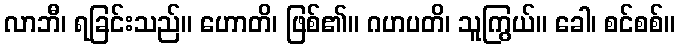
လာဘီ၊ ရခြင်းသည်။ ဟောတိ၊ ဖြစ်၏။ ဂဟပတိ၊ သူကြွယ်။ ခေါ၊ စင်စစ်။